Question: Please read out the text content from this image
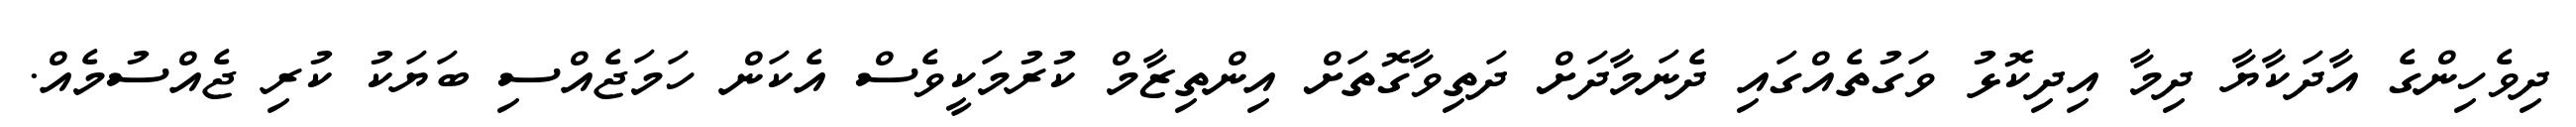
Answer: ދިވެހިންގެ އާދަކާޔާ ދިމާ އިދިކޮޅު ވަގުތެއްގައި ދެނަމާދަށް ދަތިވާގޮތަށް އިންތިޒާމް ކުރުމަކީވެސް އެކަން ހަމަޖެއްސި ބަޔަކު ކުރި ޖެއްސުމެއް.